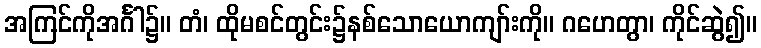
အကြင်ကိုအင်္ဂါ၌။ တံ၊ ထိုမစင်တွင်း၌နစ်သောယောကျာ်းကို။ ဂဟေတွာ၊ ကိုင်ဆွဲ၍။